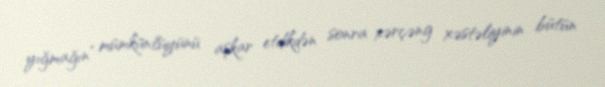
yığmağın” mümkünlüyünü aşkar etdikdən sonra xərçəng xəstəliyinin bütün